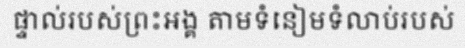
ផ្ទាល់របស់ព្រះអង្គ តាមទំនៀមទំលាប់របស់